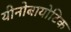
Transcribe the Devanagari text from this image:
यीनोबायोटिक